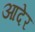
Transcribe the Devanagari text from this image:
आदेर